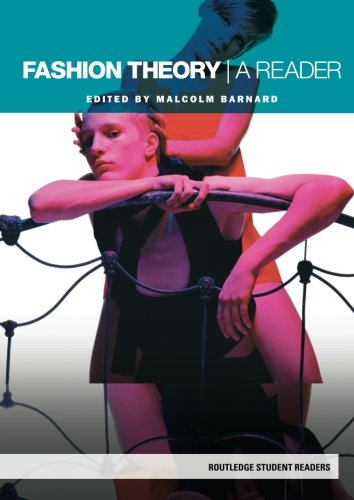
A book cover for Fashion Theory: A Reader (Routledge Student Readers); Malcolm Barnard; Arts & Photography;